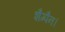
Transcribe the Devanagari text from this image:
शैम्पैन।